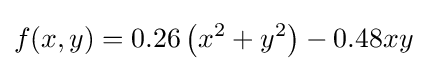
f(x,y)=0.26\left(x^{2}+y^{2}\right)-0.48xy